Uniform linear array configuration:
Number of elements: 32
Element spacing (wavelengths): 0.25
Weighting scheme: binomial
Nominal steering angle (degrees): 45
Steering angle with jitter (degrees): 45.32
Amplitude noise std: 0.05
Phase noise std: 0.05

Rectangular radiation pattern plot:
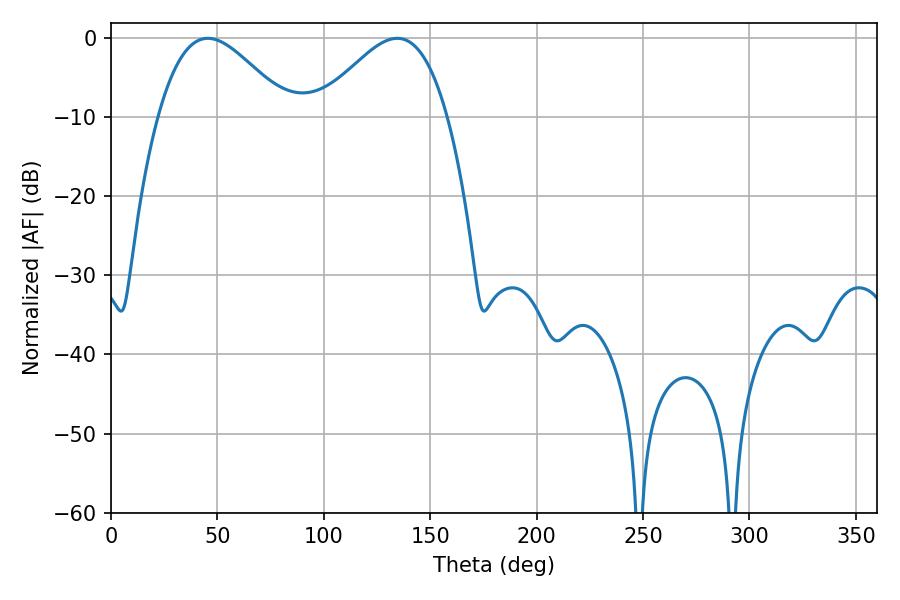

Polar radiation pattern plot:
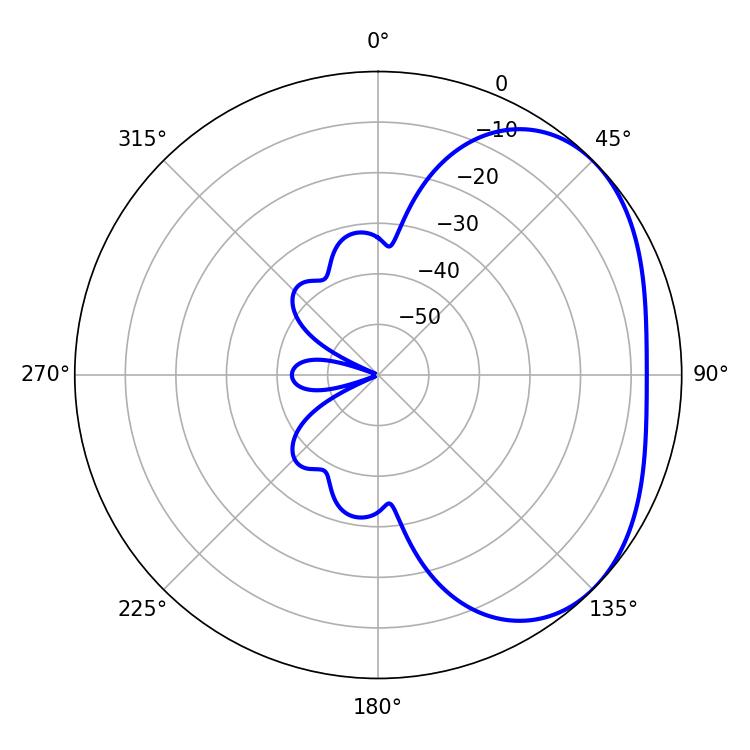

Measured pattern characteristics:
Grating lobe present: FALSE
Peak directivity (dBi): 3.153
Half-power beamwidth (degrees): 32.58
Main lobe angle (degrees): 45.54